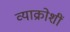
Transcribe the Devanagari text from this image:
व्याक्रोशीं